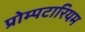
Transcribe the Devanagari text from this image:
प्रोम्पटारियम